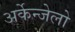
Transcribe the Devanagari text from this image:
अर्केन्जेलो